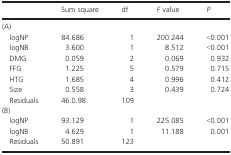
<table><thead><tr><td></td><td><b>Sum square</b></td><td><b>df</b></td><td><b><i>F</i> value</b></td><td><b><i>P</i></b></td></tr></thead><tbody><tr><td colspan="5">(A)</td></tr><tr><td> logNP</td><td>84.686</td><td>1</td><td>200.244</td><td>&lt;0.001</td></tr><tr><td> logNB</td><td>3.600</td><td>1</td><td>8.512</td><td>&lt;0.001</td></tr><tr><td> DMG</td><td>0.059</td><td>2</td><td>0.069</td><td>0.932</td></tr><tr><td> FFG</td><td>1.225</td><td>5</td><td>0.579</td><td>0.715</td></tr><tr><td> HTG</td><td>1.685</td><td>4</td><td>0.996</td><td>0.412</td></tr><tr><td> Size</td><td>0.558</td><td>3</td><td>0.439</td><td>0.724</td></tr><tr><td> Residuals</td><td>46.0.98</td><td>109</td><td></td><td></td></tr><tr><td colspan="5">(B)</td></tr><tr><td> logNP</td><td>93.129</td><td>1</td><td>225.085</td><td>&lt;0.001</td></tr><tr><td> logNB</td><td>4.629</td><td>1</td><td>11.188</td><td>0.001</td></tr><tr><td> Residuals</td><td>50.891</td><td>123</td><td></td><td></td></tr></tbody></table>